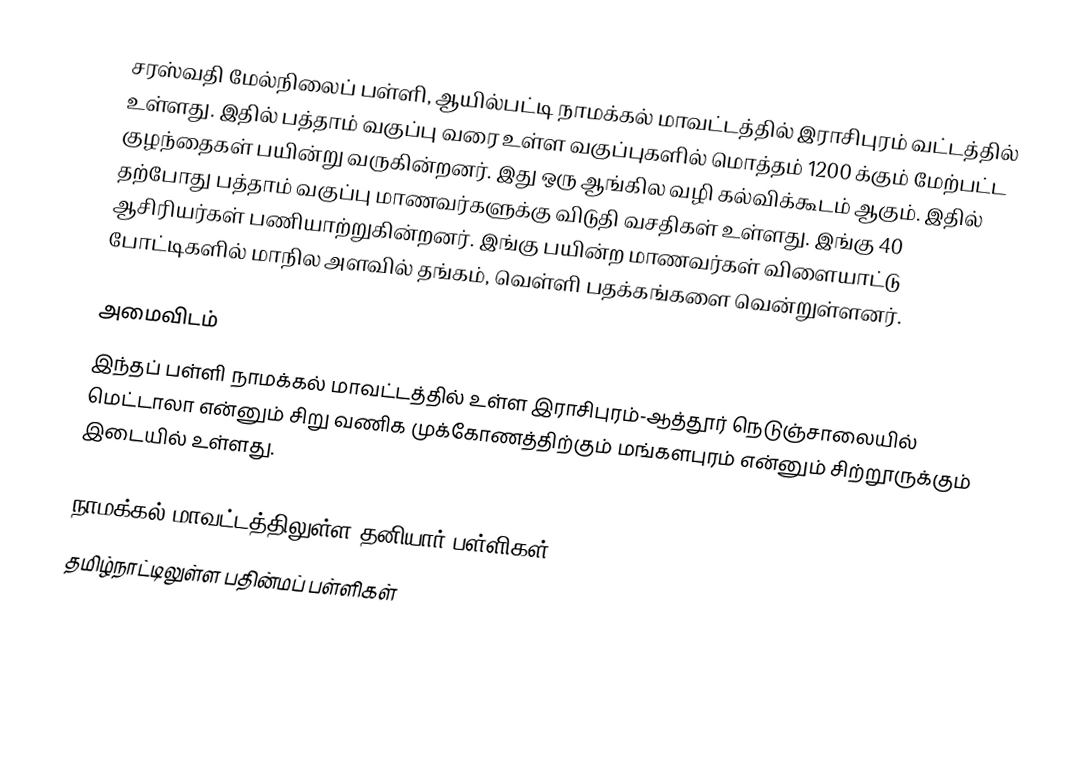
சரஸ்வதி மேல்நிலைப் பள்ளி, ஆயில்பட்டி  நாமக்கல் மாவட்டத்தில் இராசிபுரம் வட்டத்தில் உள்ளது. இதில் பத்தாம் வகுப்பு வரை உள்ள வகுப்புகளில் மொத்தம் 1200 க்கும் மேற்பட்ட குழந்தைகள் பயின்று வருகின்றனர். இது ஒரு ஆங்கில வழி கல்விக்கூடம் ஆகும். இதில் தற்போது பத்தாம் வகுப்பு மாணவர்களுக்கு விடுதி வசதிகள் உள்ளது. இங்கு 40 ஆசிரியர்கள் பணியாற்றுகின்றனர். இங்கு பயின்ற மாணவர்கள் விளையாட்டு போட்டிகளில் மாநில அளவில் தங்கம், வெள்ளி பதக்கங்களை வென்றுள்ளனர்.

அமைவிடம்
இந்தப் பள்ளி நாமக்கல் மாவட்டத்தில் உள்ள இராசிபுரம்-ஆத்தூர் நெடுஞ்சாலையில் மெட்டாலா என்னும் சிறு வணிக முக்கோணத்திற்கும் மங்களபுரம் என்னும் சிற்றூருக்கும் இடையில் உள்ளது.

நாமக்கல் மாவட்டத்திலுள்ள தனியார் பள்ளிகள்
தமிழ்நாட்டிலுள்ள பதின்மப் பள்ளிகள்